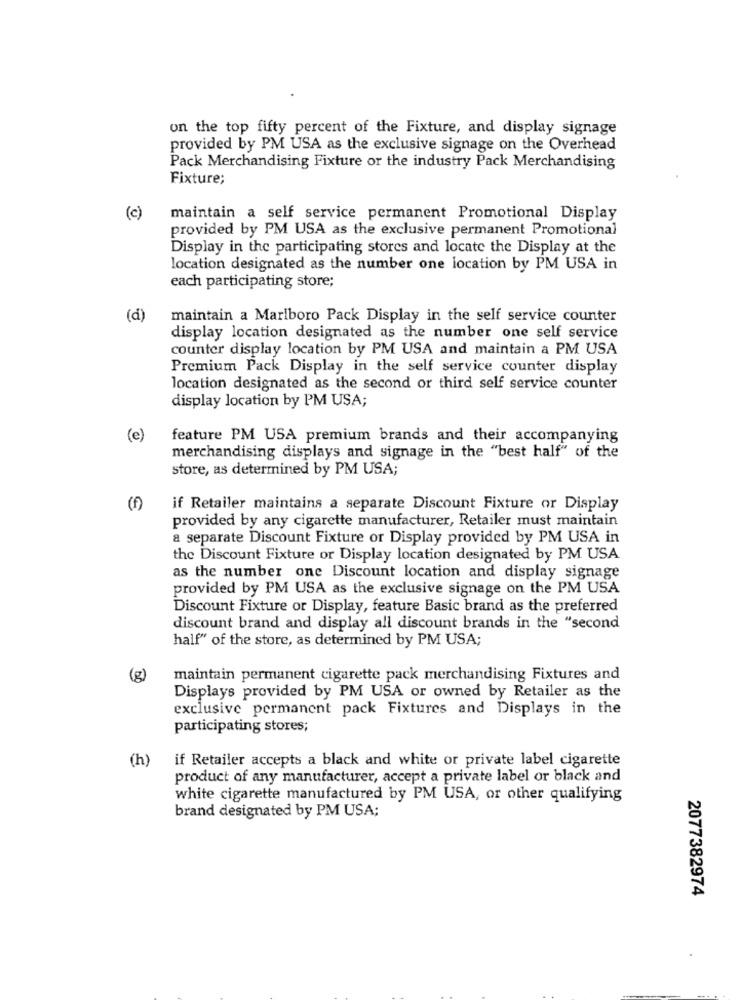
on the top fifty percent of the Fixture, and display signage
provided by PM USA as the exclusive signage on the Overhead
Pack Merchandising Fixture or the industry Pack Merchandising
Fixture;
(c)
maintain a self service permanent Promotional Display
provided by PM USA as the exclusive permanent Promotional
Display in the participating stores and locate the Display at the
location designated as the number one location by PM USA in
each participating store;
(d)
maintain a Marlboro Pack Display in the self service counter
display location designated as the number one self service
counter display location by PM USA and maintain a PM USA
Premium Pack Display in the self service counter display
location designated as the second or third self service counter
display location by PM USA;
(e)
feature PM USA premium brands and their accompanying
merchandising displays and signage in the "best half" of the
store, as determined by PM USA;
(f)
if Retailer maintains a separate Discount Fixture or Display
provided by any cigarette manufacturer, Retailer must maintain
a separate Discount Fixture or Display provided by PM USA in
the Discount Fixture or Display location designated by PM USA
as the number one Discount location and display signage
provided by PM USA as the exclusive signage on the PM USA
Discount Fixture or Display, feature Basic brand as the preferred
discount brand and display all discount brands in the "second
half" of the store, as determined by PM USA;
(g)
maintain permanent cigarette pack merchandising Fixtures and
Displays provided by PM USA or owned by Retailer as the
exclusive permanent pack Fixtures and Displays in the
participating stores;
(h)
if Retailer accepts a black and white or private label cigarette
product of any manufacturer, accept a private label or black and
white cigarette manufactured by PM USA, or other qualifying
brand designated by PM USA;
2077382974